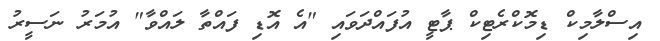
އިސްލާމިކް ޑިމޮކްރެޓިކް ޕާޓީ އުފައްދަވައި "އެ އޮޑި ފައްތާ ލައްވާ" އުމަރު ނަސީރު